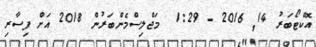
އޮކްޓޯބަރު 14